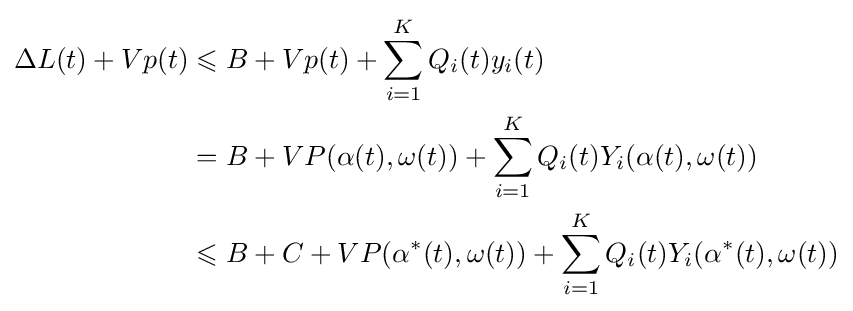
{\begin{aligned}\Delta L(t)+Vp(t)&\leqslant B+Vp(t)+\sum _{i=1}^{K}Q_{i}(t)y_{i}(t)\\&=B+VP(\alpha (t),\omega (t))+\sum _{i=1}^{K}Q_{i}(t)Y_{i}(\alpha (t),\omega (t))\\&\leqslant B+C+VP(\alpha ^{*}(t),\omega (t))+\sum _{i=1}^{K}Q_{i}(t)Y_{i}(\alpha ^{*}(t),\omega (t))\end{aligned}}